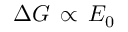
\Delta G \, \propto \, E _ { \mathrm { 0 } }